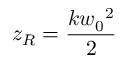
z _ { R } = \frac { k { w _ { 0 } } ^ { 2 } } { 2 }